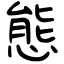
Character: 態